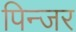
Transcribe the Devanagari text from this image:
पिन्जर